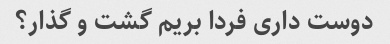
دوست داری فردا بریم گشت و گذار؟